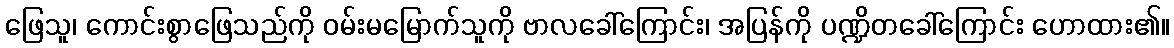
ဖြေသူ၊ ကောင်းစွာဖြေသည်ကို ဝမ်းမမြောက်သူကို ဗာလခေါ်ကြောင်း၊ အပြန်ကို ပဏ္ဍိတခေါ်ကြောင်း ဟောထား၏။